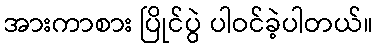
အားကာစား ပြိုင်ပွဲ ပါဝင်ခဲ့ပါတယ်။